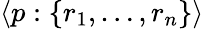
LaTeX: \langle p:\{ r_{1},\ldots,r_{n}\} \rangle